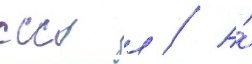
ссср л // А́